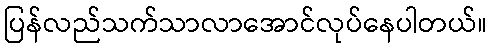
ပြန်လည်သက်သာလာအောင်လုပ်နေပါတယ်။